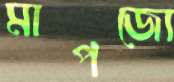
মাপজো